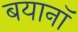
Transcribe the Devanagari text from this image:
बयानॉ